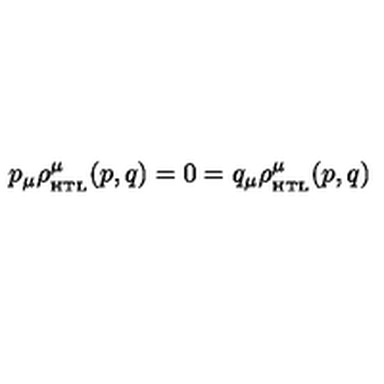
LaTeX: p _ { \mu } \rho _ { _ \mathrm { H T L } } ^ { \mu } ( p , q ) = 0 = q _ { \mu } \rho _ { _ \mathrm { H T L } } ^ { \mu } ( p , q ) \,